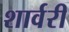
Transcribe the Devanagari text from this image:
शार्वरी